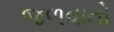
જળવાતો